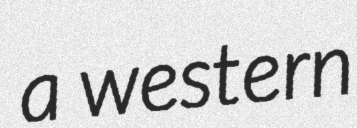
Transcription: a western